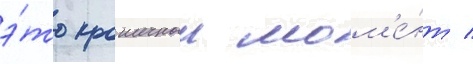
э́то крошечныи мом'е́нт /